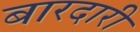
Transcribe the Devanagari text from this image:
बारदारी